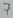
Text: 7